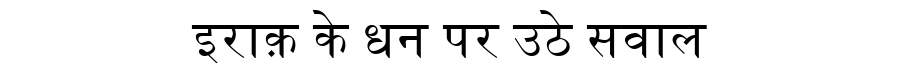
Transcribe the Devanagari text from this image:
इराक़ के धन पर उठे सवाल